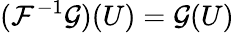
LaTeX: (\mathcal{F}^{-1}{\mathcal{{G}}})(U)={\mathcal{{G}}}(U)